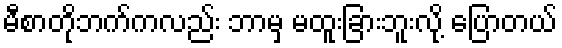
မီစာတိုဘက်ကလည်း ဘာမှ မထူးခြားဘူးလို့ ပြောတယ်